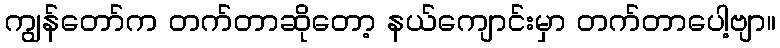
ကျွန်တော်က တက်တာဆိုတော့ နယ်ကျောင်းမှာ တက်တာပေါ့ဗျာ။